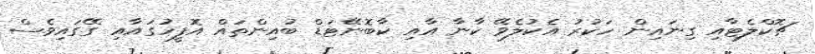
ޗޮކްލެޓާއި ގިނައިން ހަކުރު އެކުލެވޭ ކާނާ އާއި ކާބޮނޭޓަޑް ބުއިންތައް އޮފީހުގައާއި ގޭގައިވެސް